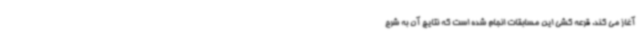
آغاز می کند. قرعه کشی این مسابقات انجام شده است که نتایج آن به شرح